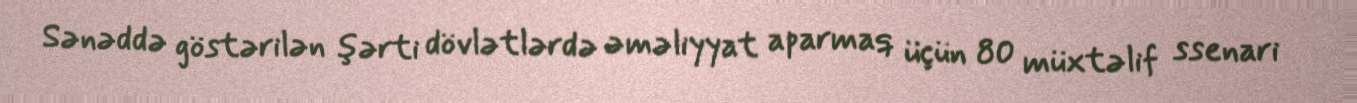
Sənəddə göstərilən şərti dövlətlərdə əməliyyat aparmaq üçün 80 müxtəlif ssenari